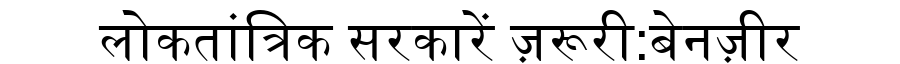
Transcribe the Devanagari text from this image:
लोकतांत्रिक सरकारें ज़रूरी:बेनज़ीर